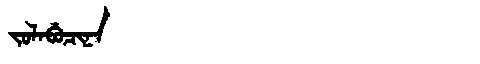
Manchu: ᠵᠣᠯᠠᠪᡠᠴᡳᠨᠠ
Romanization: JOLABUCINA